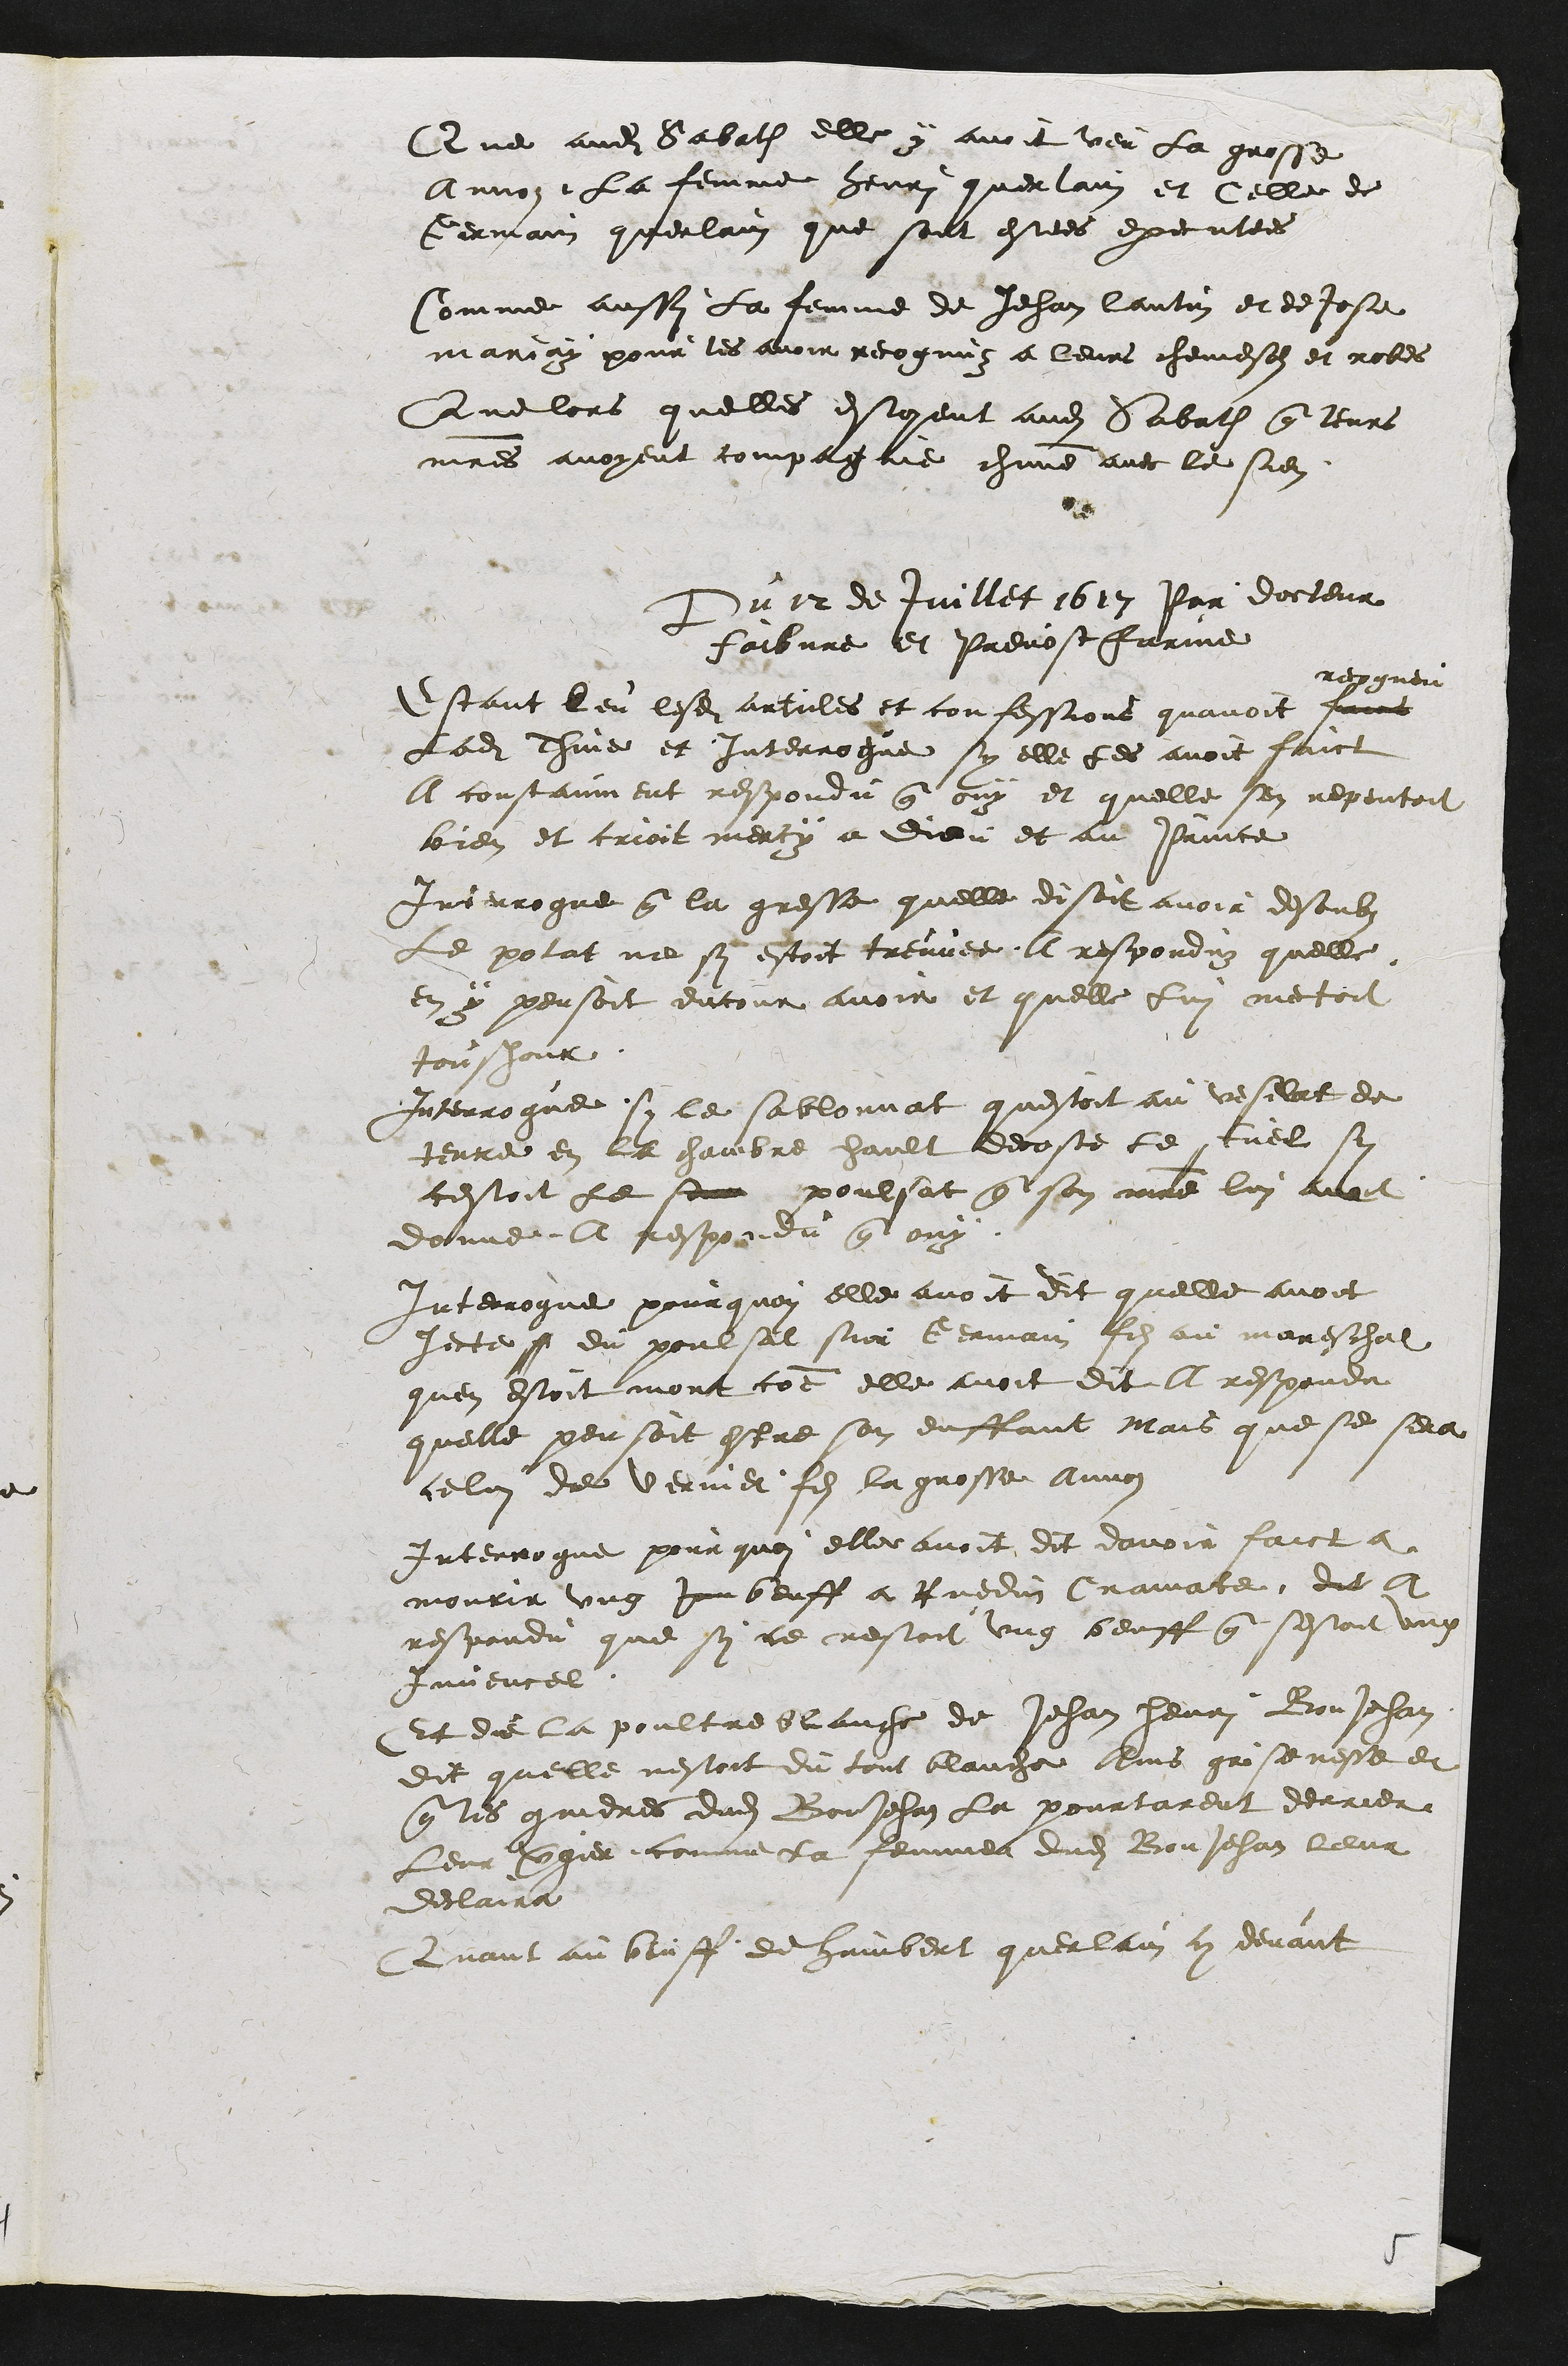
Que audit Sabath elle y avoit veu la grosse
Annoz la femme henri querlain et celle de
Germain querlain que sont estees executees
Comme aussy la femme de Jehan lantin et de jose
mariay pour les avoir recognuz a leurs chemeses et robes
Que lors quelles estoyent audit Sabath que leurs
maitres avoyent compagnie chacune avec le sien
Du 12 de Juillet 1613 Par docteur
faibvre et Prevost Farine
recogneu
Estant leu lesdits articles et confessions quavoit faict
ladite Thine et interrogue sy elle les avoit faict
A constaiment respondu que ouy et quelle sen repentoit
bien et crioit mercy a dieu et au Prince
Interrogue que la gresse quelle disoit avoir desoubz
Le potat ne sy estoit treuvee, A respondu quelle
en y pensoit encour avoir et quelle Lui mectoit
tousjour
Interrogue sy le sablonnat questoit au veselat de
terre en la chambre hault decoste le tuel sy
cestoit le son poulsat que son maitre lui avoit
donne a respondu que ouy
Interrogue pourquoy elle avoit dit quelle avoit
jecte ff du poulsat sur Germain filz au mareschal
quen estoit mort comme elle avoit dit A respondu
quelle pensoit estre son enffant mais que se sera
celui de Vernier fils la grosse Annoz
Interrogue pourquoi elle avoit dit davoir faict a
mourir ung jou beuff a Ruedin Cramatte dit A
respondu que sy ce nestoit ung beuff que sestoit ung
juvencel
Et de la poultre blanche de Jehan henri BonJehan
dit quelle nestoit du tout blanche ains grisenesse et
que les gendres dudit BonJehan la pourtarent derrier
Leur vergier comme la femme dudit Bon Jehan leur
declaira
Quant au beuff de Humbert querlain cy devant